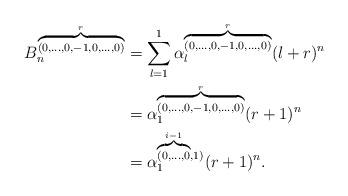
LaTeX: \begin{align*}B_n^{\overbrace{\scriptstyle{(0,\ldots,0,-1,0,\ldots,0)}}^r}&=\displaystyle \sum_{l=1}^{1} {\alpha}_l^{\overbrace{\scriptstyle{(0,\ldots,0,-1,0,\ldots,0)}}^r}(l+r)^n\\&={\alpha}_1^{\overbrace{\scriptstyle{(0,\ldots,0,-1,0,\ldots,0)}}^r} (r+1)^n\\&={\alpha}_1^{\overbrace {\scriptstyle{(0,\ldots,0}}^{i-1},1)} (r+1)^n.\end{align*}